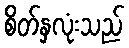
စိတ်နှလုံးသည်